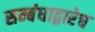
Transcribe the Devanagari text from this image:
सम्बंधाद्वारेच